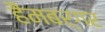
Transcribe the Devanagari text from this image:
हैंमबर्गर